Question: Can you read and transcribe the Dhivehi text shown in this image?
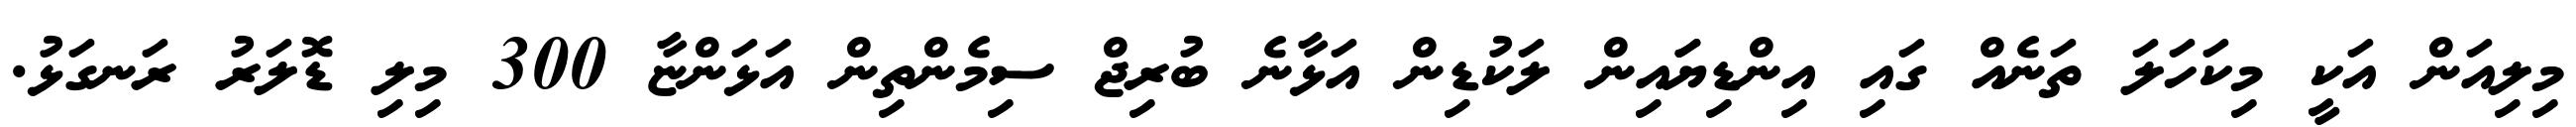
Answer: މިލިއަން އަކީ މިކަހަލަ ތަނެއް ގައި އިންޑިޔަައިން ލަކުޑިން އަޅާނެ ބުރިޖް ސިމެންތިން އަޅަންޏާ 300 މިލި ޑޮލަރު ރަނގަޅު.